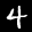
Label: 4